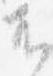
不